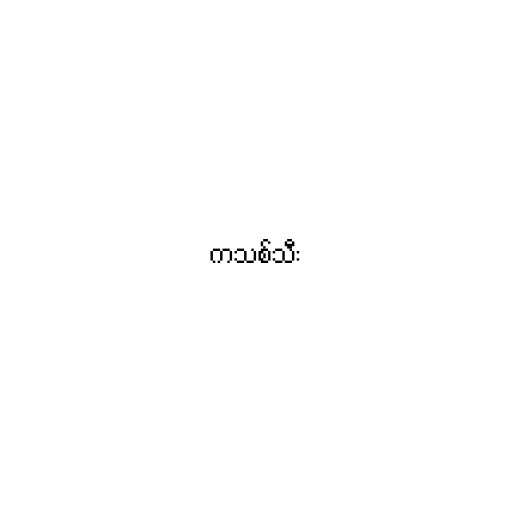
ကသစ်သီး